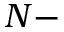
N -